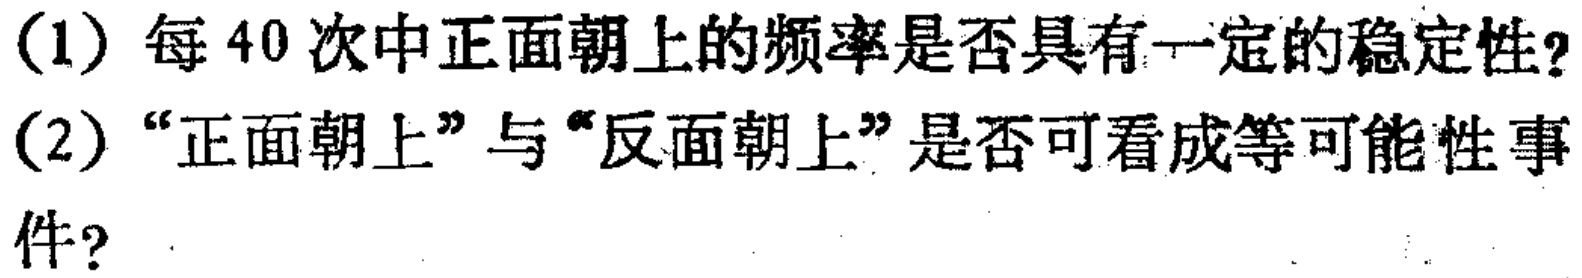
(1) 每40次中正面朝上的频率是否具有一定的稳定性?
(2) “正面朝上”与“反面朝上”是否可看成等可能性事件?